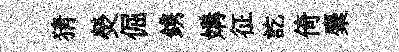
猜熒倔鎸媾征訖倚麋